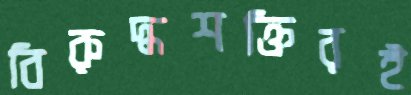
বিরুদ্ধশক্তিরই